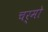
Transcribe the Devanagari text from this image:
चर्मो